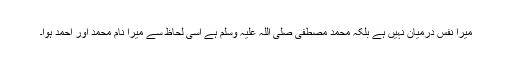
میرا نفس درمیان نہیں ہے بلکہ محمد مصطفی صلی اللہ علیہ وسلم ہے اسی لحاظ سے میرا نام محمد اور احمد ہوا۔